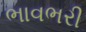
ભાવભરી